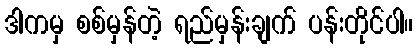
ဒါကမှ စစ်မှန်တဲ့ ရည်မှန်းချက် ပန်းတိုင်ပါ။